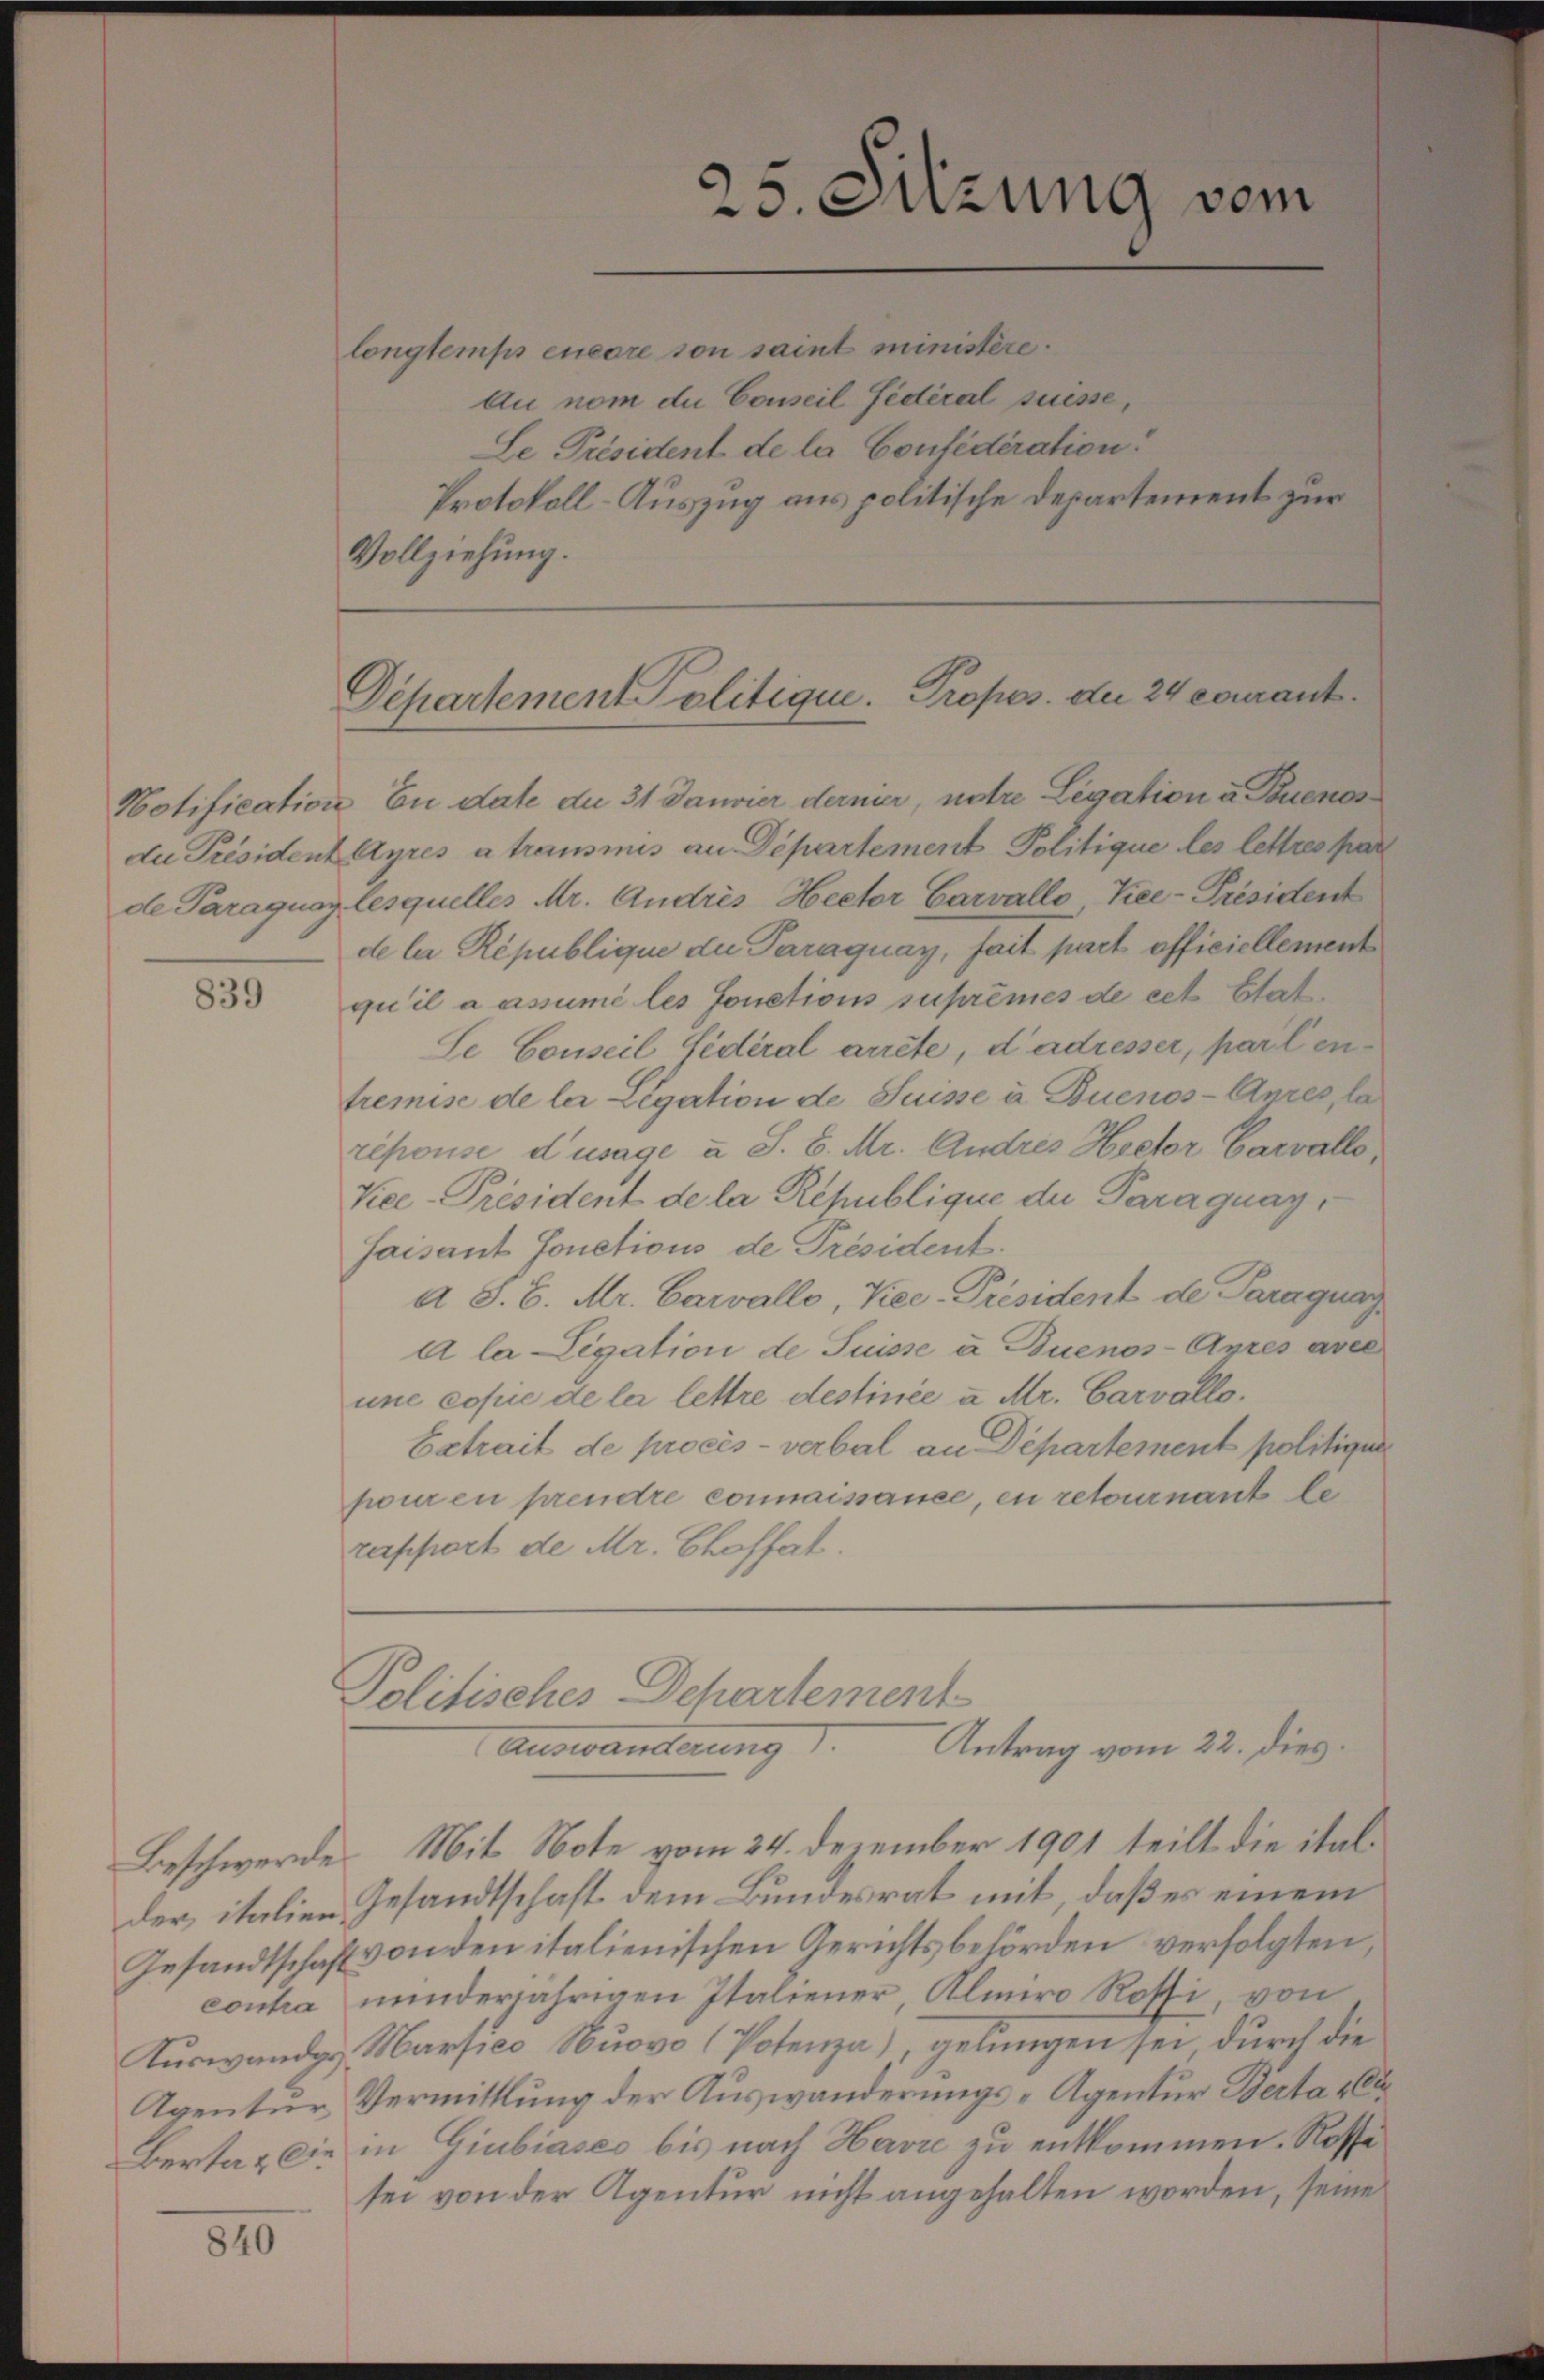
de Paraguay.

839

Beschwerde

840

longtemps encore son saint ministère.
Au nom die Conseil fédéral suisse,
Le Präsident de la Confédération.
Protokoll-Auszug aus politische Departement zur
Vollziehung.

25. Suzung vom

Departement Politique. Propos. der 24 courant¬

Notification Eu date du 31 Janvier dernier, untre Legation u. Buenos
du Président Ayres a transmis an Departement Politique les lettres par
lesquelles Mr. Andres Hector Carvallo Vice-Präsident
de la République du Paraguay, fait part officiellement
qu’il a assumé les fonctions suprêmes de cet Etat
Se Conseil fédéral arrete, d’adresser, parten
tremise de les Legation de Suisse à Buenos-Ayres, la
répouse d’usage u. S. 8. Mr. Andres Hector Carvallo
Vice-Präsident de la République der Paraguay,
faisant fonctions de Président.
e S. B. Mr. Carvallo, Kiee-Präsident de Paraguag
A la Legation de Suisse à Buenos-Ayres avec
une copie de la lettre destinée à Mr. Carvallo¬
Betrait de procès-verbal an Departement politigen
pour en prendre connaissance, en retournant le
rapport de Mr. Choffat.

Politisches Departement
Auswandterung 1.
Antrag vom 22. dies

Mit Note vom 24. Dezember 1901 teilt die italder italien Gesandtschaft dem Bundesrat mit, daß es einem
Gesandtschaft von den italienischen Gerichtsbehörden verfolgten,
contra minderjährigen Italiener, Almiro Rossi, von
Auswandes Martico Nuovo (Potenza), gelungen sei, durch die
Agentur Vermittlung der Auswanderungs-Agentur Berta a
Bertag die in Giubiases bis nach Havre zu entkommen. Rosse
sei von der Agentur nicht angehalten worden, seine